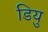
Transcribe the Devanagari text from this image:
डियु